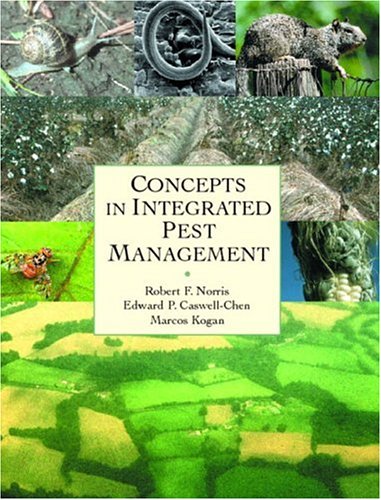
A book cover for Concepts in Integrated Pest Management; Robert F. Norris Ph.D.; Crafts, Hobbies & Home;